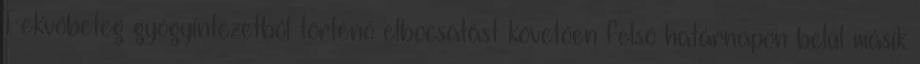
Fekvőbeteg gyógyintézetből történő elbocsátást követően felső határnapon belül másik